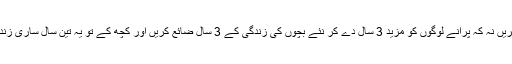
زیادہ سے زیادہ سرکاری آسامیاں پیدا کریں نہ کہ پرانے لوگوں کو مزید 3 سال دے کر نئے بچوں کی زندگی کے 3 سال ضائع کریں اور کچھ کے تو یہ تین سال ساری زندگی ضائع کرنے کے مترادف ہوں گے۔